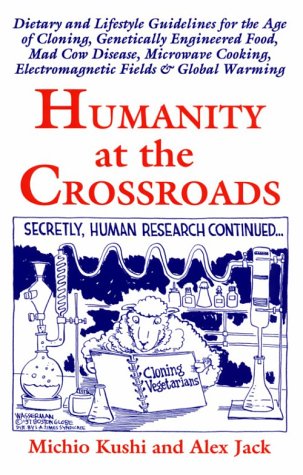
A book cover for Humanity at the Crossroads; Alex Jack; Health, Fitness & Dieting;